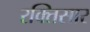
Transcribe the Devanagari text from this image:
रक्तिसार